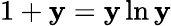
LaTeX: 1+\mathbf{y}=\mathbf{y}\ln\mathbf{y}